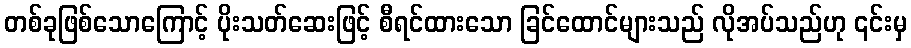
တစ်ခုဖြစ်သောကြောင့် ပိုးသတ်ဆေးဖြင့် စီရင်ထားသော ခြင်ထောင်များသည် လိုအပ်သည်ဟု ၎င်းမှ